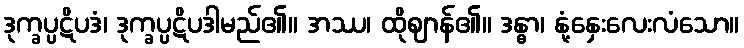
ဒုက္ခပ္ပဋိပဒံ၊ ဒုက္ခပ္ပဋိပဒါမည်၏။ အဿ၊ ထိုဈာန်၏။ ဒန္ဓာ၊ နုံ့နှေးလေးလံသော။